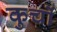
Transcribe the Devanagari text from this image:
कुचों